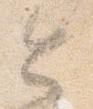
令